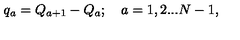
q _ { a } = Q _ { a + 1 } - Q _ { a } ; \quad a = { 1 , 2 . . . N - 1 } ,